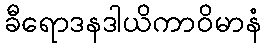
ခီရောဒနဒါယိကာဝိမာနံ